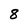
Character: 8